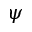
\psi